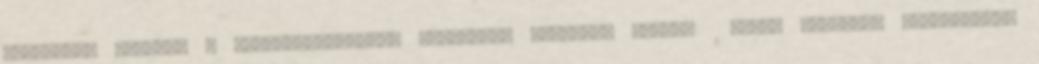
elkezdtek hullani a mellékszereplők: giancarlo esposito sidney tükör pilotját berendelték